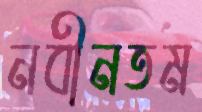
নবীনতম